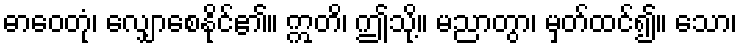
ဓာဝေတုံ၊ လျှောစေနိုင်၏။ ဣတိ၊ ဤသို့။ မညာတွာ၊ မှတ်ထင်၍။ သော၊